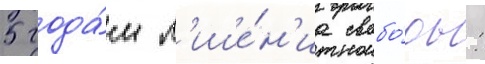
5 года́м л'ише́н'иа свобо́ды: